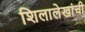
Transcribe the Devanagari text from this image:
शिलालेखांची